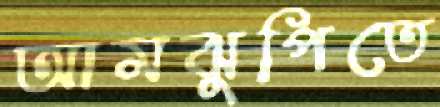
আমঝুপিতে